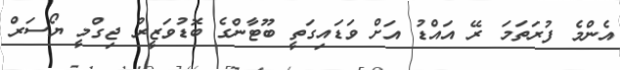
އެންމެ ފުރަތަމަ ރޭ އައްޑު އަށް ވަޑައިގަތީ ބޫޓާންގެ ބޮޑުވަޒީރު ޖިގްމީ ޔޯސަރް